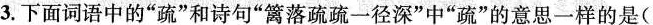
3.下面词语中的”疏”和诗句”篱落疏疏一径深”中”疏”的意思一样的是(